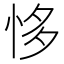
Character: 恀